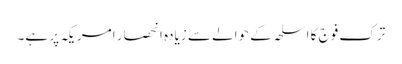
ترک فوج کا اسلحہ کے حوالے سے زیادہ انحصار امریکہ پر ہے۔